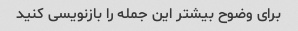
برای وضوح بیشتر این جمله را بازنویسی کنید